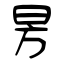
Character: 昘